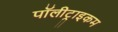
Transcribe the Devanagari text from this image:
पॉलीट्राइकम